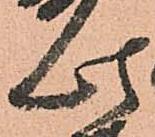
此